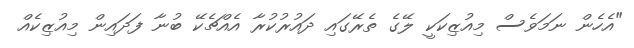
"އެހެން ނަމަވެސް މިއުޒިކަކީ ލޭގެ ތެރޭގައި ދައުރުކުރާ އެއްޗެކޭ ބުނާ ފަދައިން މިއުޒިކެއް